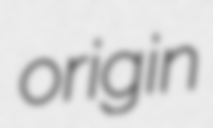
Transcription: origin